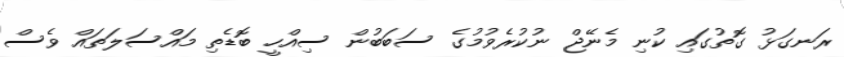
ރަނގަޅު ގޮތުގައި ކުނި މެނޭޖް ނުކުރެވުމުގެ ސަބަބުން ސިއްހީ ބޮޑެތި މައްސަލަތައް ވެސް